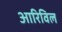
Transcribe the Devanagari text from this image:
आरिविल